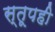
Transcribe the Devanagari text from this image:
स्तूपही